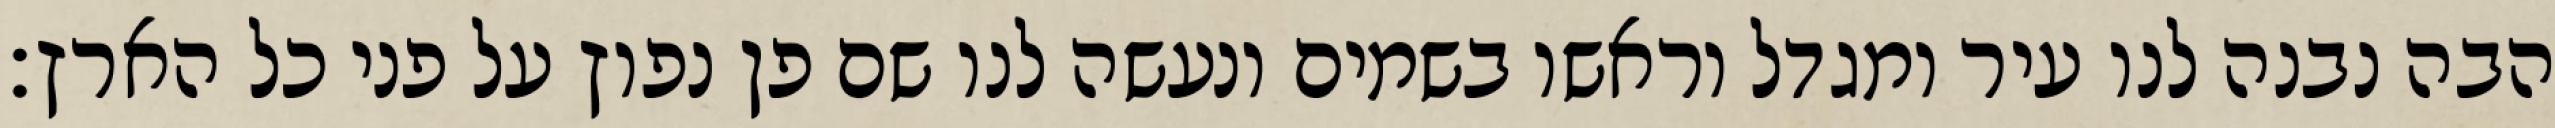
הבה נבנה לנו עיר ומגדל וראשו בשמים ונעשה לנו שם פן נפוץ על פני כל הארץ׃